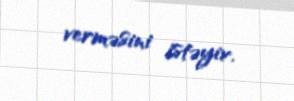
verməsini istəyir.